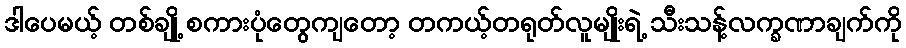
ဒါပေမယ့် တစ်ချို့ စကားပုံတွေကျတော့ တကယ့်တရုတ်လူမျိုးရဲ့ သီးသန့်လက္ခဏာချက်ကို